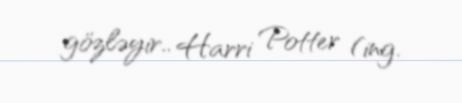
gözləyir.. Harri Potter (ing.